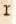
r